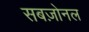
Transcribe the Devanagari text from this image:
सबज़ोनल